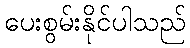
ပေးစွမ်းနိုင်ပါသည်